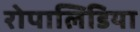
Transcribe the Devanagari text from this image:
रोपालिडिया